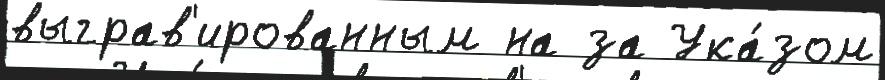
выграв'ированным на за Ука́зом